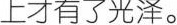
上才有了光泽。